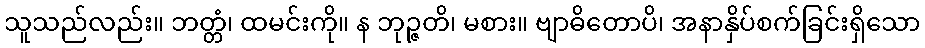
သူသည်လည်း။ ဘတ္တံ၊ ထမင်းကို။ န ဘုဉ္ဇတိ၊ မစား။ ဗျာဓိတောပိ၊ အနာနှိပ်စက်ခြင်းရှိသော